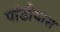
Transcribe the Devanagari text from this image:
पांडीयास